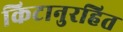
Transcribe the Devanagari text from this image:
किटानुरहित